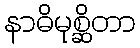
နာဓိမုစ္ဆိတာ